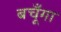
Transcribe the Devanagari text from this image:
बचूँगा